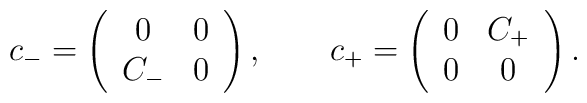
c_- = \left( \begin{array}{cc}0 & 0 \\C_- & 0\end{array} \right), \qquad c_+ = \left( \begin{array}{cc}0 & C_+ \\0 & 0\end{array} \right).